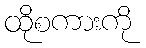
ထိုစကားကို